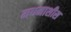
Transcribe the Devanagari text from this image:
मधमाशीस